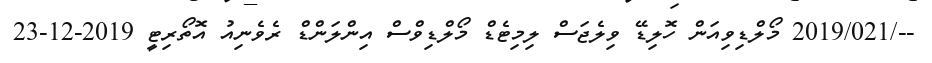
--/2019/021 މޯލްޑިވިއަން ހޮލިޑޭ ވިލެޖަސް ލިމިޓެޑް މޯލްޑިވްސް އިންލަންޑް ރެވެނިއު އޮތޯރިޓީ 2019-12-23